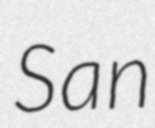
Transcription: San